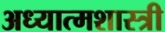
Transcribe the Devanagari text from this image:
अध्यात्मशास्त्री